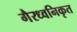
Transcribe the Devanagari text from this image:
गैरध्वनिकृत